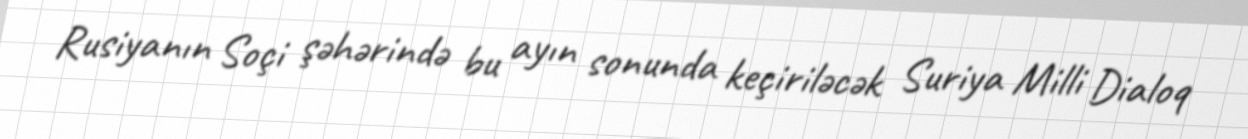
Rusiyanın Soçi şəhərində bu ayın sonunda keçiriləcək Suriya Milli Dialoq